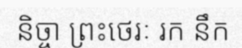
និច្ចា ព្រះថេរៈ រក នឹក